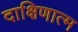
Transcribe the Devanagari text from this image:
दाक्षिणात्म